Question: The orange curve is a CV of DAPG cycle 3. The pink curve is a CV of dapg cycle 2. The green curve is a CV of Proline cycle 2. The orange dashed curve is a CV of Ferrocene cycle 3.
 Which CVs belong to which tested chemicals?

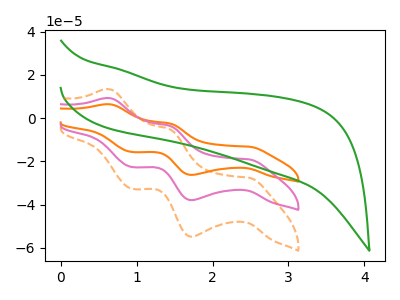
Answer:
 <answer>The orange curve is labeled "DAPG cycle 3". The pink curve is labeled "dapg cycle 2". The green curve is labeled "Proline cycle 2". The orange dashed curve is labeled "Ferrocene cycle 3".</answer>
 <eval></eval>